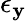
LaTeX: \epsilon_{\mathbf{y}}